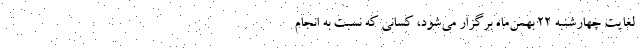
لغایت چهارشنبه ۲۲ بهمن‌ماه برگزار می‌شود، کسانی که نسبت به انجام